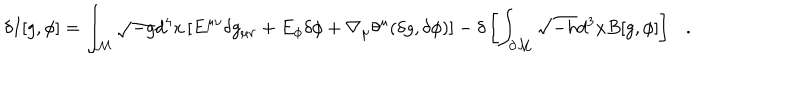
\delta I [ g , \phi ] = \int _ { \cal M } \sqrt { - g } d ^ { 4 } x \left[ E ^ { \mu \nu } \delta g _ { \mu \nu } + E _ { \phi } \delta \phi + \nabla _ { \mu } \theta ^ { \mu } ( \delta g , \delta \phi ) \right] - \delta \left[ \int _ { \partial { \cal M } } \sqrt { - h } d ^ { 3 } x B [ g , \phi ] \right] .